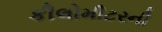
કીલોમીટરની